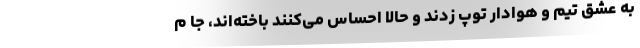
به عشق تیم و هوادار توپ زدند و حالا احساس می‌کنند باخته‌اند، جا م